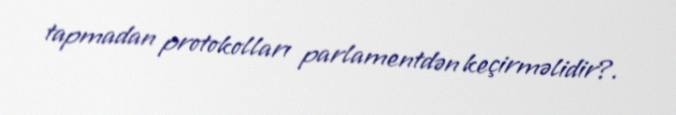
tapmadan protokolları parlamentdən keçirməlidir?.